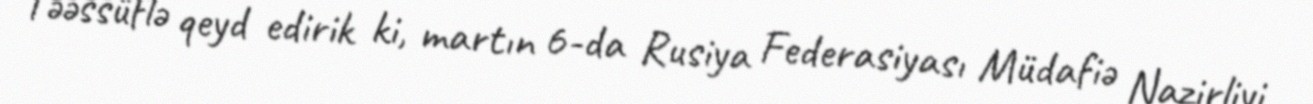
“Təəssüflə qeyd edirik ki, martın 6-da Rusiya Federasiyası Müdafiə Nazirliyi